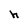
Character: h